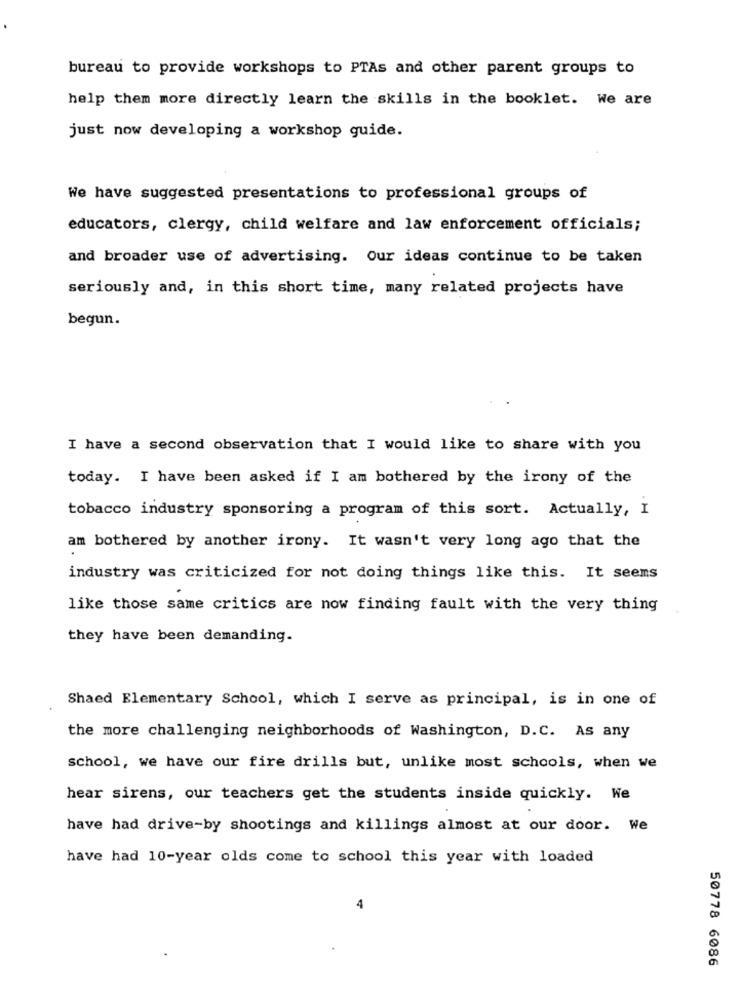
bureau to provide workshops to PTAs and other parent groups to
help them more directly learn the skills in the booklet. We are
just now developing a workshop guide.
We have suggested presentations to professional groups of
educators, clergy, child welfare and law enforcement officials;
and broader use of advertising. Our ideas continue to be taken
seriously and, in this short time, many related projects have
begun.
I have a second observation that I would like to share with you
today. I have been asked if I am bothered by the irony of the
tobacco industry sponsoring a program of this sort. Actually, I
am bothered by another irony. It wasn't very long ago that the
industry was criticized for not doing things like this. It seems
like those same critics are now finding fault with the very thing
they have been demanding.
Shaed Elementary School, which I serve as principal, is in one of
the more challenging neighborhoods of Washington, D.C. As any
school, we have our fire drills but, unlike most schools, when we
hear sirens, our teachers get the students inside quickly. We
have had drive-by shootings and killings almost at our door. We
have had 10-year olds come to school this year with loaded
4
50778 6086